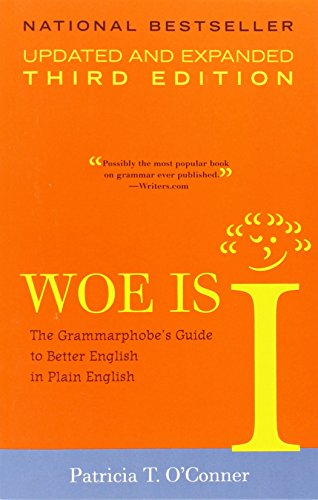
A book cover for Woe is I: The Grammarphobe's Guide to Better English in Plain English, 3rd Edition; Patricia T. O'Conner; Reference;